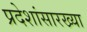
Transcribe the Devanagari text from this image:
प्रदेशांसारख्या